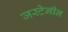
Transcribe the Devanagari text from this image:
जस्टेनीन